Report of the Hyderabad Chloroform Commission
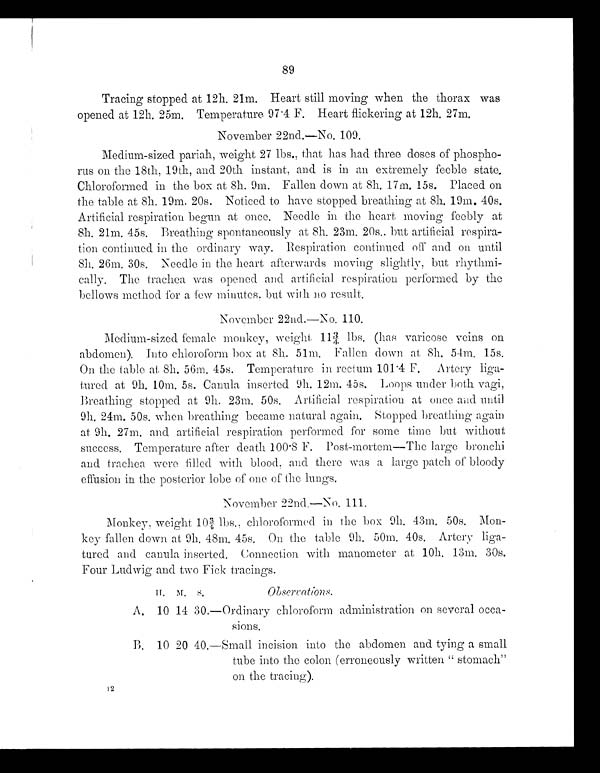
89
Tracing stopped at 12h. 21m. Heart still moving when the thorax was
opened at 12h. 25m. Temperature 97.4 F. Heart flickering at 12h. 27m.
November 22nd.—No. 109.
Medium-sized pariah, weight 27 lbs., that has had three doses of phospho-
rus on the 18th, 19th, and 20th instant, and is in an extremely feeble state.
Chloroformed in the box at 8h. 9m. Fallen down at 8h. 17m. 15s. Placed on
the table at 8h. 19m. 20s. Noticed to have stopped breathing at 8h. 19m. 40s.
Artificial respiration begun at once. Needle in the heart moving feebly at
8h. 21m. 45s. Breaching spontaneously at 8h. 23m. 20s., but artificial respira-
tion continued in the ordinary way. Respiration continued off and on until
8h. 26m. 30s. Needle in the heart afterwards moving slightly, but rhythmi-
cally. The trachea was opened and artificial respiration performed by the
bellows method for a. few minutes, but with no result.
November 22nd.—No. 110.
Medium-sized female monkey, weight 113/4 lbs. (has varicose veins on
abdomen). Into chloroform box at 8h. 51m. Fallen down at 8h. 54m. 15s.
On the table at 8h. 56m. 45s. Temperature in rectum 101.4 F. Artery liga-
tured at 9h. 10m. 5s. Canula inserted 9h. 12m. 45s. Loops under both vagi,
Breathing stopped at 9h. 23m. 50s. Artificial respiration at once and until
9h. 24m. 50s. when breathing became natural again. Stopped breathing again
at 9h. 27m. and artificial respiration performed for some time but without
success. Temperature after death 100.8 F. Post-mortem—The large bronchi
and trachea were filled with blood, and there was a large patch of bloody
effusion in the posterior lobe of one of the lungs.
November 22nd.—No. 111.
Monkey, weight 103/4 lbs., chloroformed in the box 9h. 43m. 50s. Mon-
key fallen down at 9h, 48m. 45s. On the table 9h. 50m. 40s. Artery liga-
tured and canula inserted. Connection with manometer at 10h. 13m. 30s.
Four Ludwig and two Fick tracings.
H. M. S.
0bservations.
A. 10 14 30.—Ordinary chloroform administration on several occa-
sions.
B. 10 20 40.—Small incision into the abdomen and tying a small
tube into the colon (erroneously written "stomach"
on the tracing).
1 2